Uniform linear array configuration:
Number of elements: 48
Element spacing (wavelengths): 0.5
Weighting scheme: kaiser
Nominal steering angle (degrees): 15
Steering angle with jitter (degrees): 16.22
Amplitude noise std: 0.05
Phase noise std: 0.05

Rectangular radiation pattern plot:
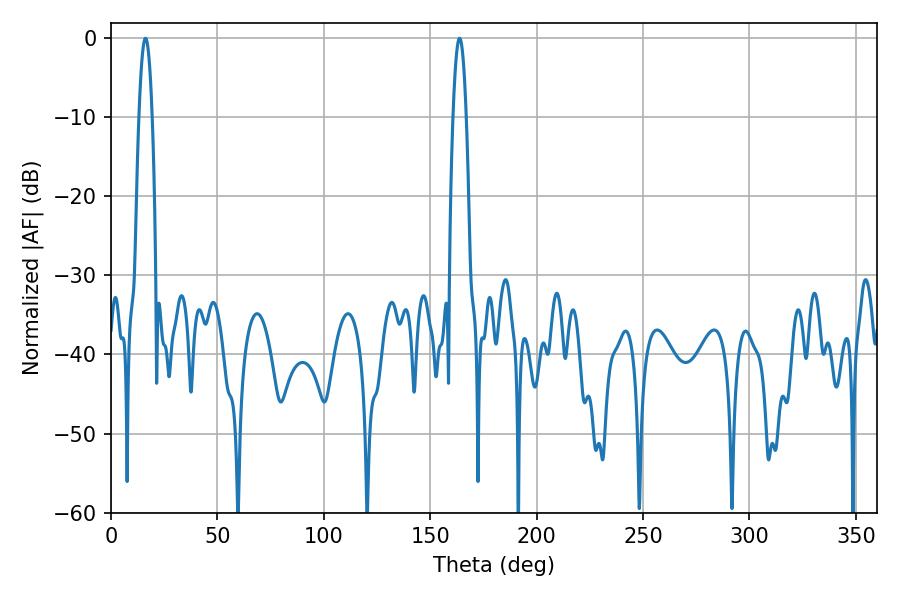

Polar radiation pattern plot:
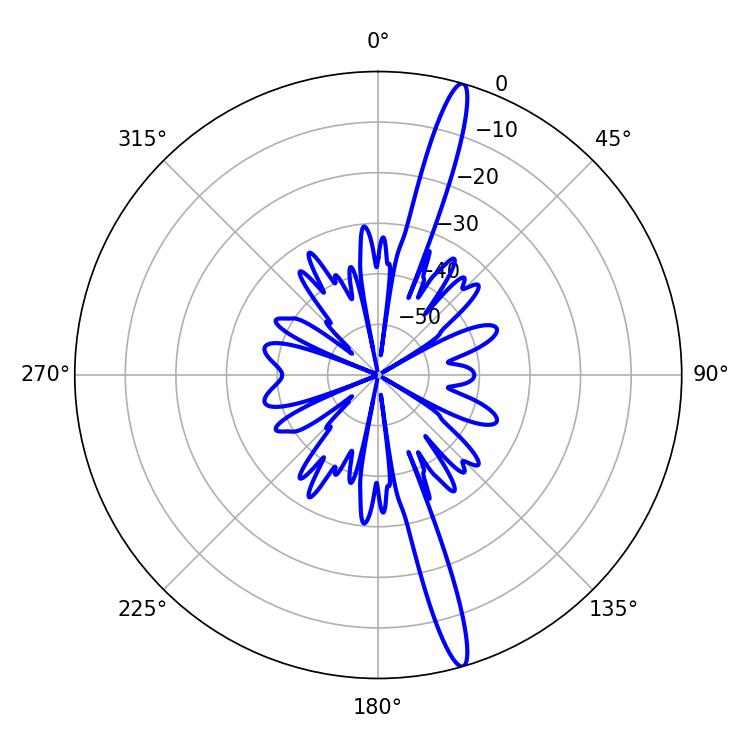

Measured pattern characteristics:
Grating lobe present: FALSE
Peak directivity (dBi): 17.405
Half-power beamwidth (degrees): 3.24
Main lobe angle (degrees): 16.2